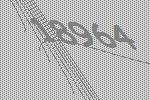
18964